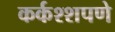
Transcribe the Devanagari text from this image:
कर्कश्शपणे